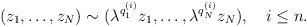
\begin{align*}(z_1,\ldots,z_N)\sim (\lambda^{q_1^{(i)}}z_1,\ldots,\lambda^{q_N^{(i)}}z_N), ~~~ i\le n.\end{align*}